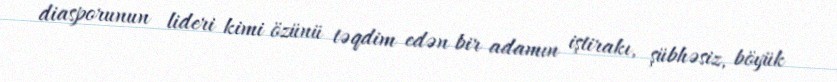
diasporunun lideri kimi özünü təqdim edən bir adamın iştirakı, şübhəsiz, böyük